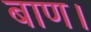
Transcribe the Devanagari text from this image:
बाण।